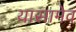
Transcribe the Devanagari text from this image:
यासामेव